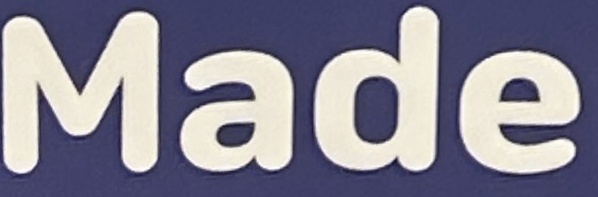
Made